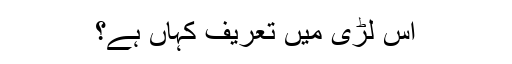
اس لڑی میں تعریف کہاں ہے؟